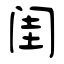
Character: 闺